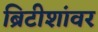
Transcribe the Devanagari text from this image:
ब्रिटीशांवर